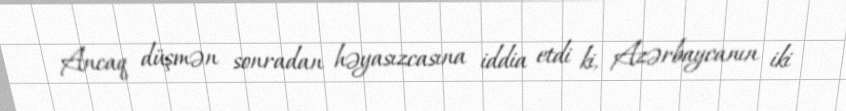
Ancaq düşmən sonradan həyasızcasına iddia etdi ki, Azərbaycanın iki